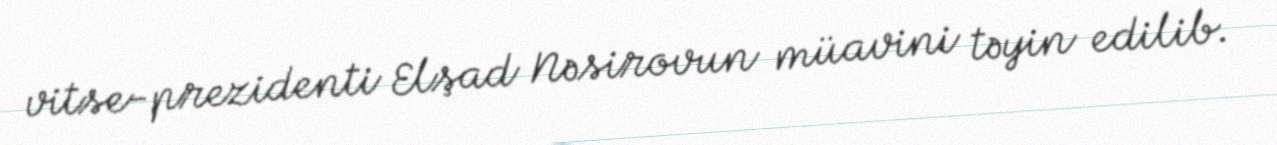
vitse-prezidenti Elşad Nəsirovun müavini təyin edilib.